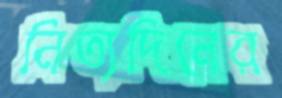
নিত্যদিনের